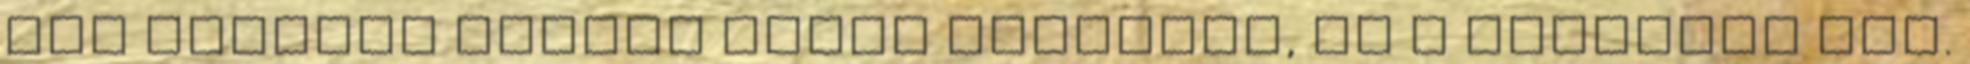
nem illendő távoli jövőt építenie, ha a realitás más.